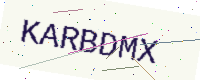
Text: KARBDMX